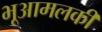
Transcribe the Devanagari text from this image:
भूआमलकी